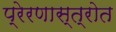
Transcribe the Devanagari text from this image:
प्रेरणास्‍त्रोत